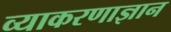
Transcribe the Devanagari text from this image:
व्याकरणाज्ञान